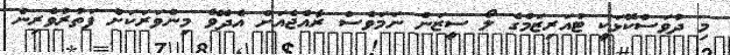
މި ދުވަސްކޮޅަކީ ޓުއަރިޒަމްގެ ލޯ ސީޒަން ނަމަވެސް ރާއްޖެއަށް އެދެވޭ މިންވަރަކަށް ފަތުުރުވެރިން